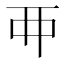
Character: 𬻇